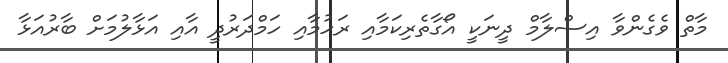
މާތް ވެގެންވާ އިސްލާމް ދީނަކީ އޯގާތެރިކަމާއި ރަހުމާއި ހަމްދަރުދީ އާއި އަޅާލުމަށް ބާރުއަޅާ